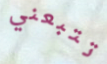
تتبعني